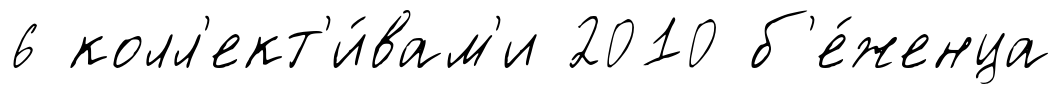
6 колл'ект'и́вам'и 2010 б'е́женца